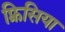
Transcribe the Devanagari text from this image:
फ़्रिसिया